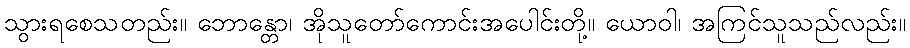
သွားရစေသတည်း။ ဘောန္တော၊ အိုသူတော်ကောင်းအပေါင်းတို့။ ယောဝါ၊ အကြင်သူသည်လည်း။